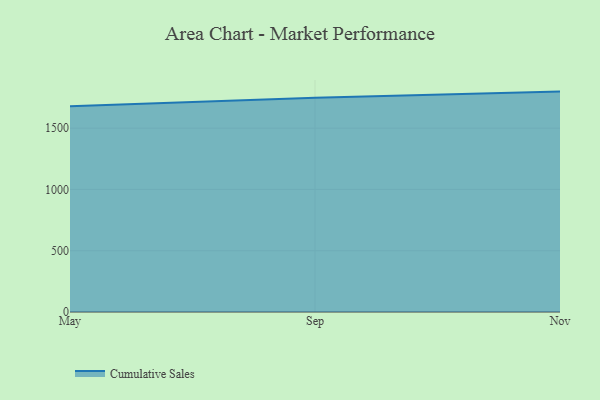
{"axis": {"x": "Month", "y": "LTV (USD)"}, "legend": ["Cumulative Sales"], "data": [{"x": "May", "y": 1678.8, "type": "Cumulative Sales"}, {"x": "Sep", "y": 1748.8, "type": "Cumulative Sales"}, {"x": "Nov", "y": 1798.5, "type": "Cumulative Sales"}]}